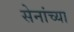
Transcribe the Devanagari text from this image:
सेनांच्या